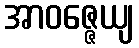
အာဝဇ္ဇေယျ